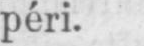
péri.